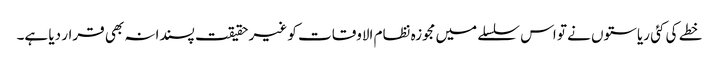
خطے کی کئی ریاستوں نے تو اس سلسلے میں مجوزہ نظام الاوقات کو غیر حقیقت پسندانہ بھی قرار دیا ہے۔